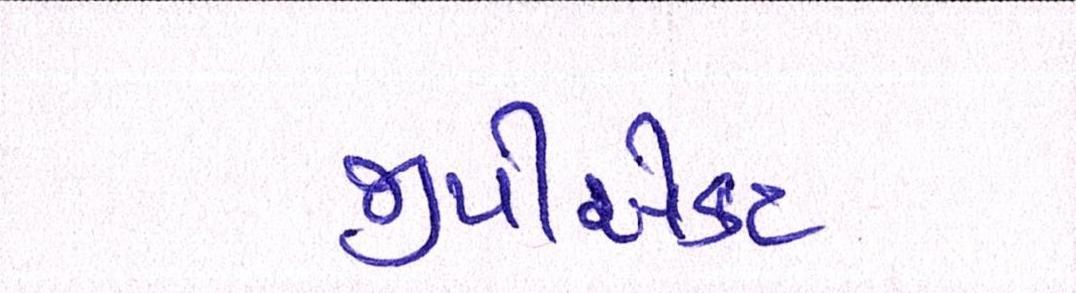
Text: જીપીએકટ